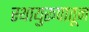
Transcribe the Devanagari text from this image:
स्थायुरूपातून